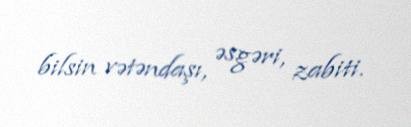
bilsin vətəndaşı, əsgəri, zabiti.